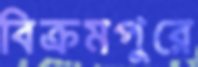
বিক্রমপুরে